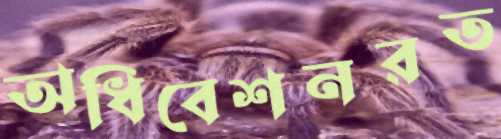
অধিবেশনরত